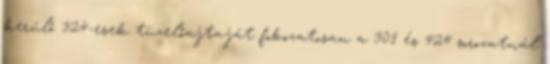
kerülő 324-esek tüzelőajtaját fokozatosan a 301 és 424 sorozatnál